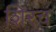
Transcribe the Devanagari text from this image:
शिरच